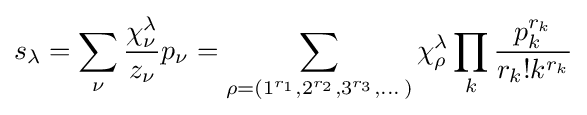
s_{\lambda }=\sum _{\nu }{\frac {\chi _{\nu }^{\lambda }}{z_{\nu }}}p_{\nu }=\sum _{\rho =(1^{r_{1}},2^{r_{2}},3^{r_{3}},\dots )}\chi _{\rho }^{\lambda }\prod _{k}{\frac {p_{k}^{r_{k}}}{r_{k}!k^{r_{k}}}}